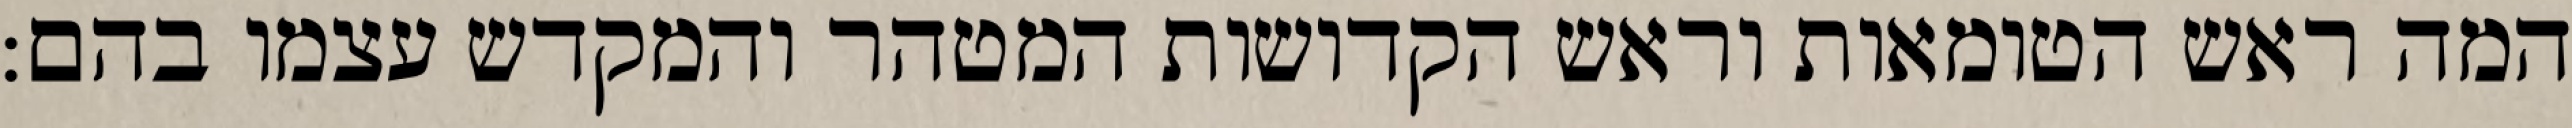
המה ראש הטומאות וראש הקדושות המטהר והמקדש עצמו בהם: